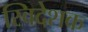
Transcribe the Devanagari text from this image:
स्विदेशक